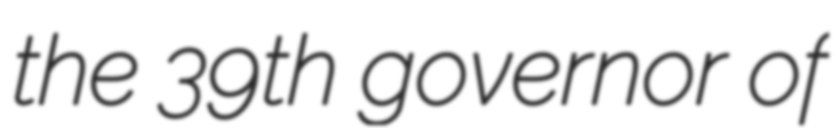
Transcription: the 39th governor of